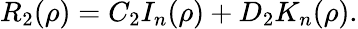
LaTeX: R_{2}(\rho)=C_{2}I_{n}(\rho)+D_{2}K_{n}(\rho).